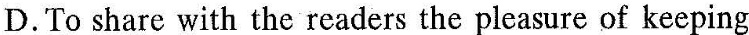
D.To share with the readers the pleasure of keeping